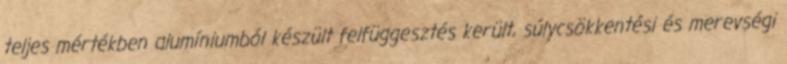
teljes mértékben alumíniumból készült felfüggesztés került, súlycsökkentési és merevségi